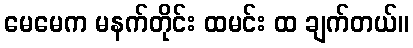
မေမေက မနက်တိုင်း ထမင်း ထ ချက်တယ်။